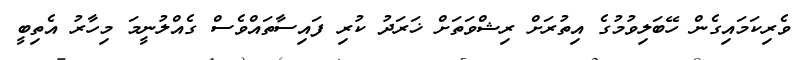
ވެރިކަމައިގެން ހޭބަލިވުމުގެ އިތުރަށް ރިޝްވަތަށް ޚަރަދު ކުރި ފައިސާތައްވެސް ގެއްލުނީމަ މިހާރު އެތިބީ